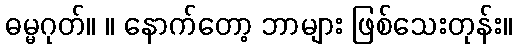
ဓမ္မဂုတ်။ ။ နောက်တော့ ဘာများ ဖြစ်သေးတုန်း။